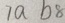
7 a b 8